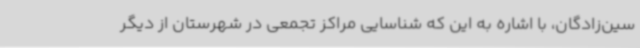
سین‌زادگان، با اشاره به این که شناسایی مراکز تجمعی در شهرستان از دیگر